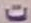
ت